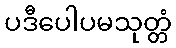
ပဒီပေါပမသုတ္တံ